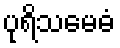
ပုရိသမေဓံ